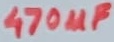
Text: 470µF